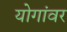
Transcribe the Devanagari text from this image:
योगांवर